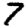
Digit: 7